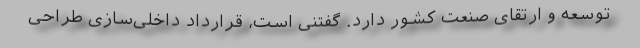
توسعه و ارتقای صنعت کشور دارد. گفتنی است، قرارداد داخلی‌سازی طراحی